Report on sanitation, dispensaries, and jails in Rajputana for 1912, and on vaccination for the year 1912-1913 - 1912-1913
Year: 1912
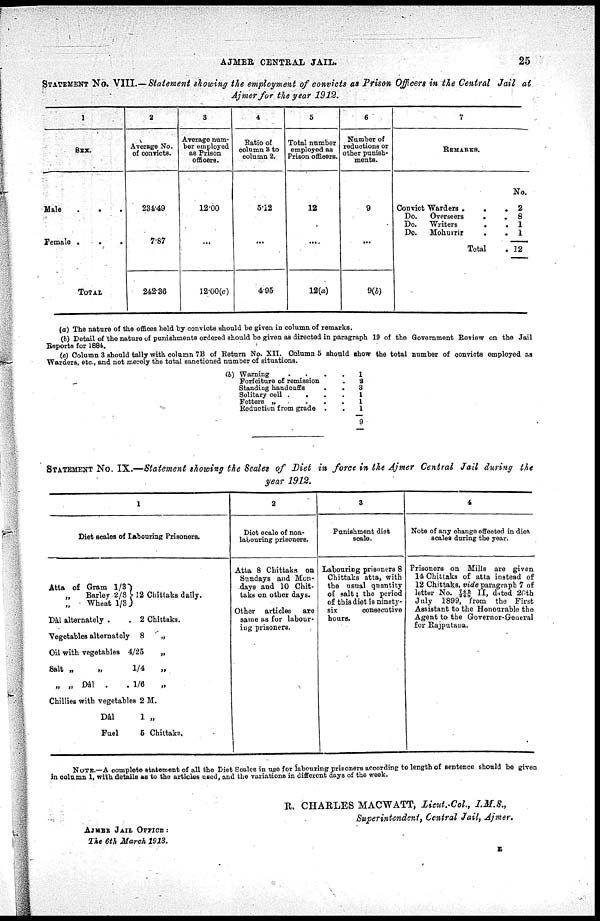
AJMER CENTRAL JAIL.
25
STATEMENT No. VIII.— Statement showing the employment of convicts as Prison Officers in the Central Jail at
Ajmer for the year 1912.
1
SEX.
Male . . .
Female .
.
.
TOTAL
2
Average No.
of convicts.
234.49
7.87
242.36
3
Average num-
ber employed
as Prison
officers.
12.00
...
12.00(c)
4
Ratio of
column 3 to
column 2.
5.12
...
4.96
5
Total number
employed as
Prison officers.
12
...
12(a)
6
Number of
reductions or
other punish-
ments.
9
...
9(b)
7
REMARKS.
Convict Warders . . .
Do.
Overseers
.
.
Do.
Writers . .
Do.
Mohurrir
.
.
Total .
No.
2
8
1
1
12
(a) The nature of the offices held by convicts should be given in column of remarks.
(b) Detail of the nature of punishments ordered should be given as directed in paragraph 19 of the Government Review on the Jail
Reports for 1884.
(c) Column 3 should tally with column 7B of Return No. XII. Column 5 should show the total number of convicts employed as
Warders, etc , and not merely the total sanctioned number of situations.
(b) Warning . .
Forfeiture of remission .
Standing handcuffs . .
Solitary cell . .
Fetters „ . .
Reduction from grade . .
1
2
3
1
1
1
9
STATEMENT No. IX.—Statement showing the Scales of Diet in force in the Ajmer Central Jail during the
year 1912.
1
Diet scales of Labouring Prisoners.
Atta of Gram 1/3
„ Barley 2/3
„ Wheat 1/3
Dàl alternately . .
12 Chittaks daily.
2 Chittaks.
Vegetables alternately
8
„
Oil with vegetables 4/25
„
Salt „
„
1/4 „
„ „ Dâl
.
. 1/6 „
Chillies with vegetables 2 M.
Dâl
1 „
Fuel
5 Chittaks.
2
Diet scale of non¬
labouring prisoners.
Atta 8 Chittaks on
Sundays and Mon-
days and 10 Chit¬
taks on other days.
Other articles
are
same as for labour-
ing prisoners.
3
Punishment diet
scale.
Labouring prisoners 8
Chittaks atta, with
the usual quantity
of salt; the period
of this diet is ninety¬
six
consecutive
hours.
4
Note of any change effected in diet
scales during the year.
Prisoners on Mills are given
14 Chittaks of atta instead of
12 Chittaks, vide paragraph 7 of
letter No. 745/248 II, dated 20th
July 1899, from the First
Assistant to the Honourable the
Agent to the Governor-General
for Rajputana.
NOTE. — A complete statement of all the Diet Scales in use for labouring prisoners according to length of sentence should be given
in column 1, with details as to the articles used, and the variations in different days of the week.
R. CHARLES MACWATT, Lieut.-Col., I.M.S.,
Superintendent, Central Jail, Ajmer.
AJMER JAIL OFFICE :
The 6th March 1913.
E